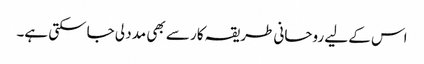
اس کے لیے روحانی طریقہ کار سے بھی مدد لی جاسکتی ہے۔